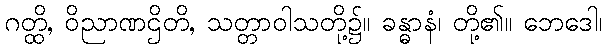
ဂတ္ထိ, ဝိညာဏဌိတိ, သတ္တာဝါသတို့၌။ ခန္ဓာနံ၊ တို့၏။ ဘေဒေါ၊